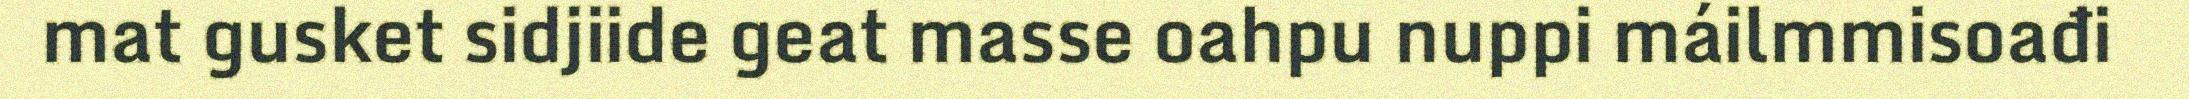
mat gusket sidjiide geat masse oahpu nuppi máilmmisoađi